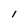
Character: I